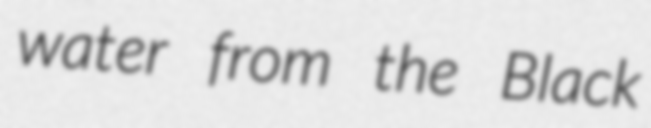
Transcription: water from the Black